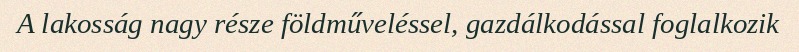
A lakosság nagy része földműveléssel, gazdálkodással foglalkozik